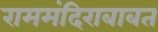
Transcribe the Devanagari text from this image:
राममंदिराबाबत